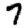
Digit: 7